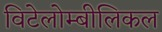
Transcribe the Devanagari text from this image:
विटेलोम्बीलिकल